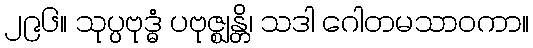
၂၉၆။ သုပ္ပဗုဒ္ဓံ ပဗုဇ္ဈန္တိ၊ သဒါ ဂေါတမသာဝကာ။